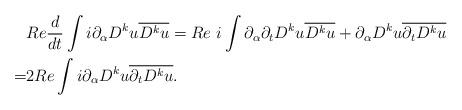
LaTeX: \begin{align*}&Re \frac{d}{dt}\int i \partial_{\alpha} D^k u \overline{D^k u}= Re~ i\int \partial_{\alpha}\partial_t D^k u \overline{D^k u}+\partial_{\alpha} D^k u \overline{\partial_t D^k u}\\=&2Re\int i \partial_{\alpha}D^k u\overline{\partial_t D^k u}.\end{align*}